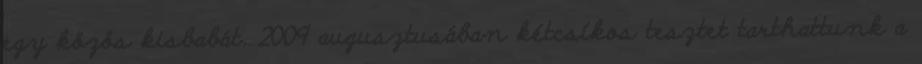
egy közös kisbabát. 2009 augusztusában kétcsíkos tesztet tarthattunk a